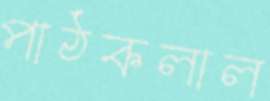
পাঠকলাল